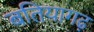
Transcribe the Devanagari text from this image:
बतियागढ़